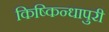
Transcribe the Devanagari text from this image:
किष्किन्धापुरी